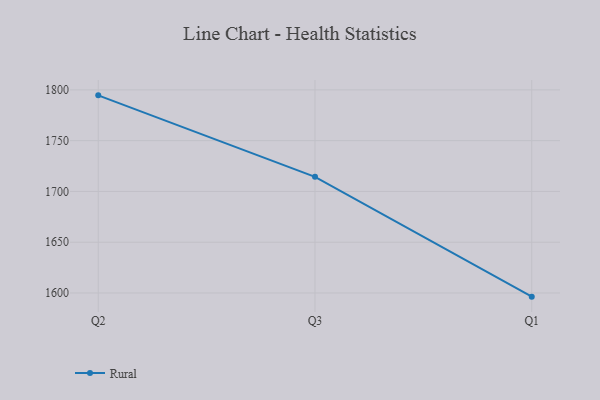
{"axis": {"x": "Quarter", "y": "Tickets Resolved"}, "legend": ["Rural"], "data": [{"x": "Q2", "y": 1794.6, "type": "Rural"}, {"x": "Q3", "y": 1714.4, "type": "Rural"}, {"x": "Q1", "y": 1596.4, "type": "Rural"}]}